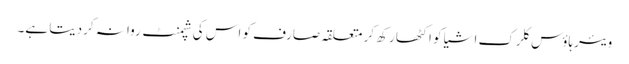
ویئرہاؤس کلرک اشیا کو اکٹھا رکھ کر متعلقہ صارف کو اس کی شپمنٹ روانہ کردیتا ہے۔